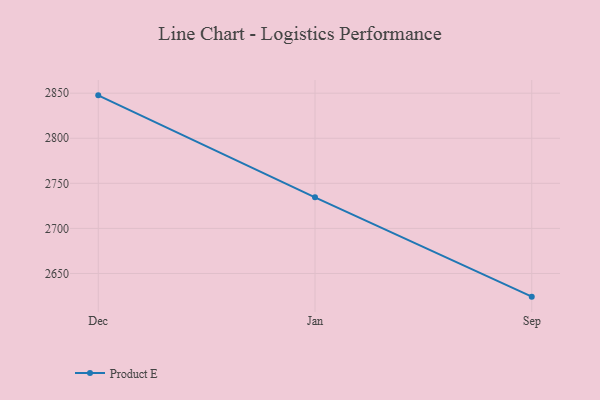
{"axis": {"x": "Month", "y": "Waste Production (Tons)"}, "legend": ["Product E"], "data": [{"x": "Dec", "y": 2847.6, "type": "Product E"}, {"x": "Jan", "y": 2734.5, "type": "Product E"}, {"x": "Sep", "y": 2624.3, "type": "Product E"}]}